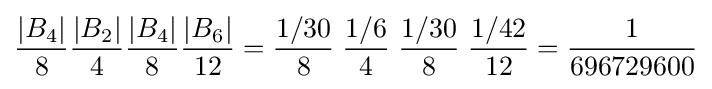
{|B_{4}| \over 8}{|B_{2}| \over 4}{|B_{4}| \over 8}{|B_{6}| \over 12}={1/30 \over 8}\;{1/6 \over 4}\;{1/30 \over 8}\;{1/42 \over 12}={1 \over 696729600}